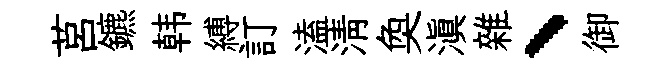
莒鑣韩縛訂溘清奐滇雜、御